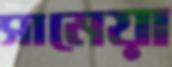
সামেয়া